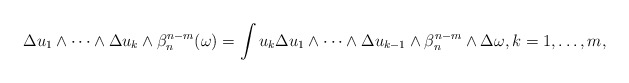
\begin{align*}\Delta u_1\wedge\dots\wedge \Delta u_k \wedge \beta_n^{n-m}(\omega)= \int u_k\Delta u_1\wedge\dots\wedge\Delta u_{k-1}\wedge \beta_n^{n-m}\wedge \Delta \omega, k=1,\dots,m , \end{align*}